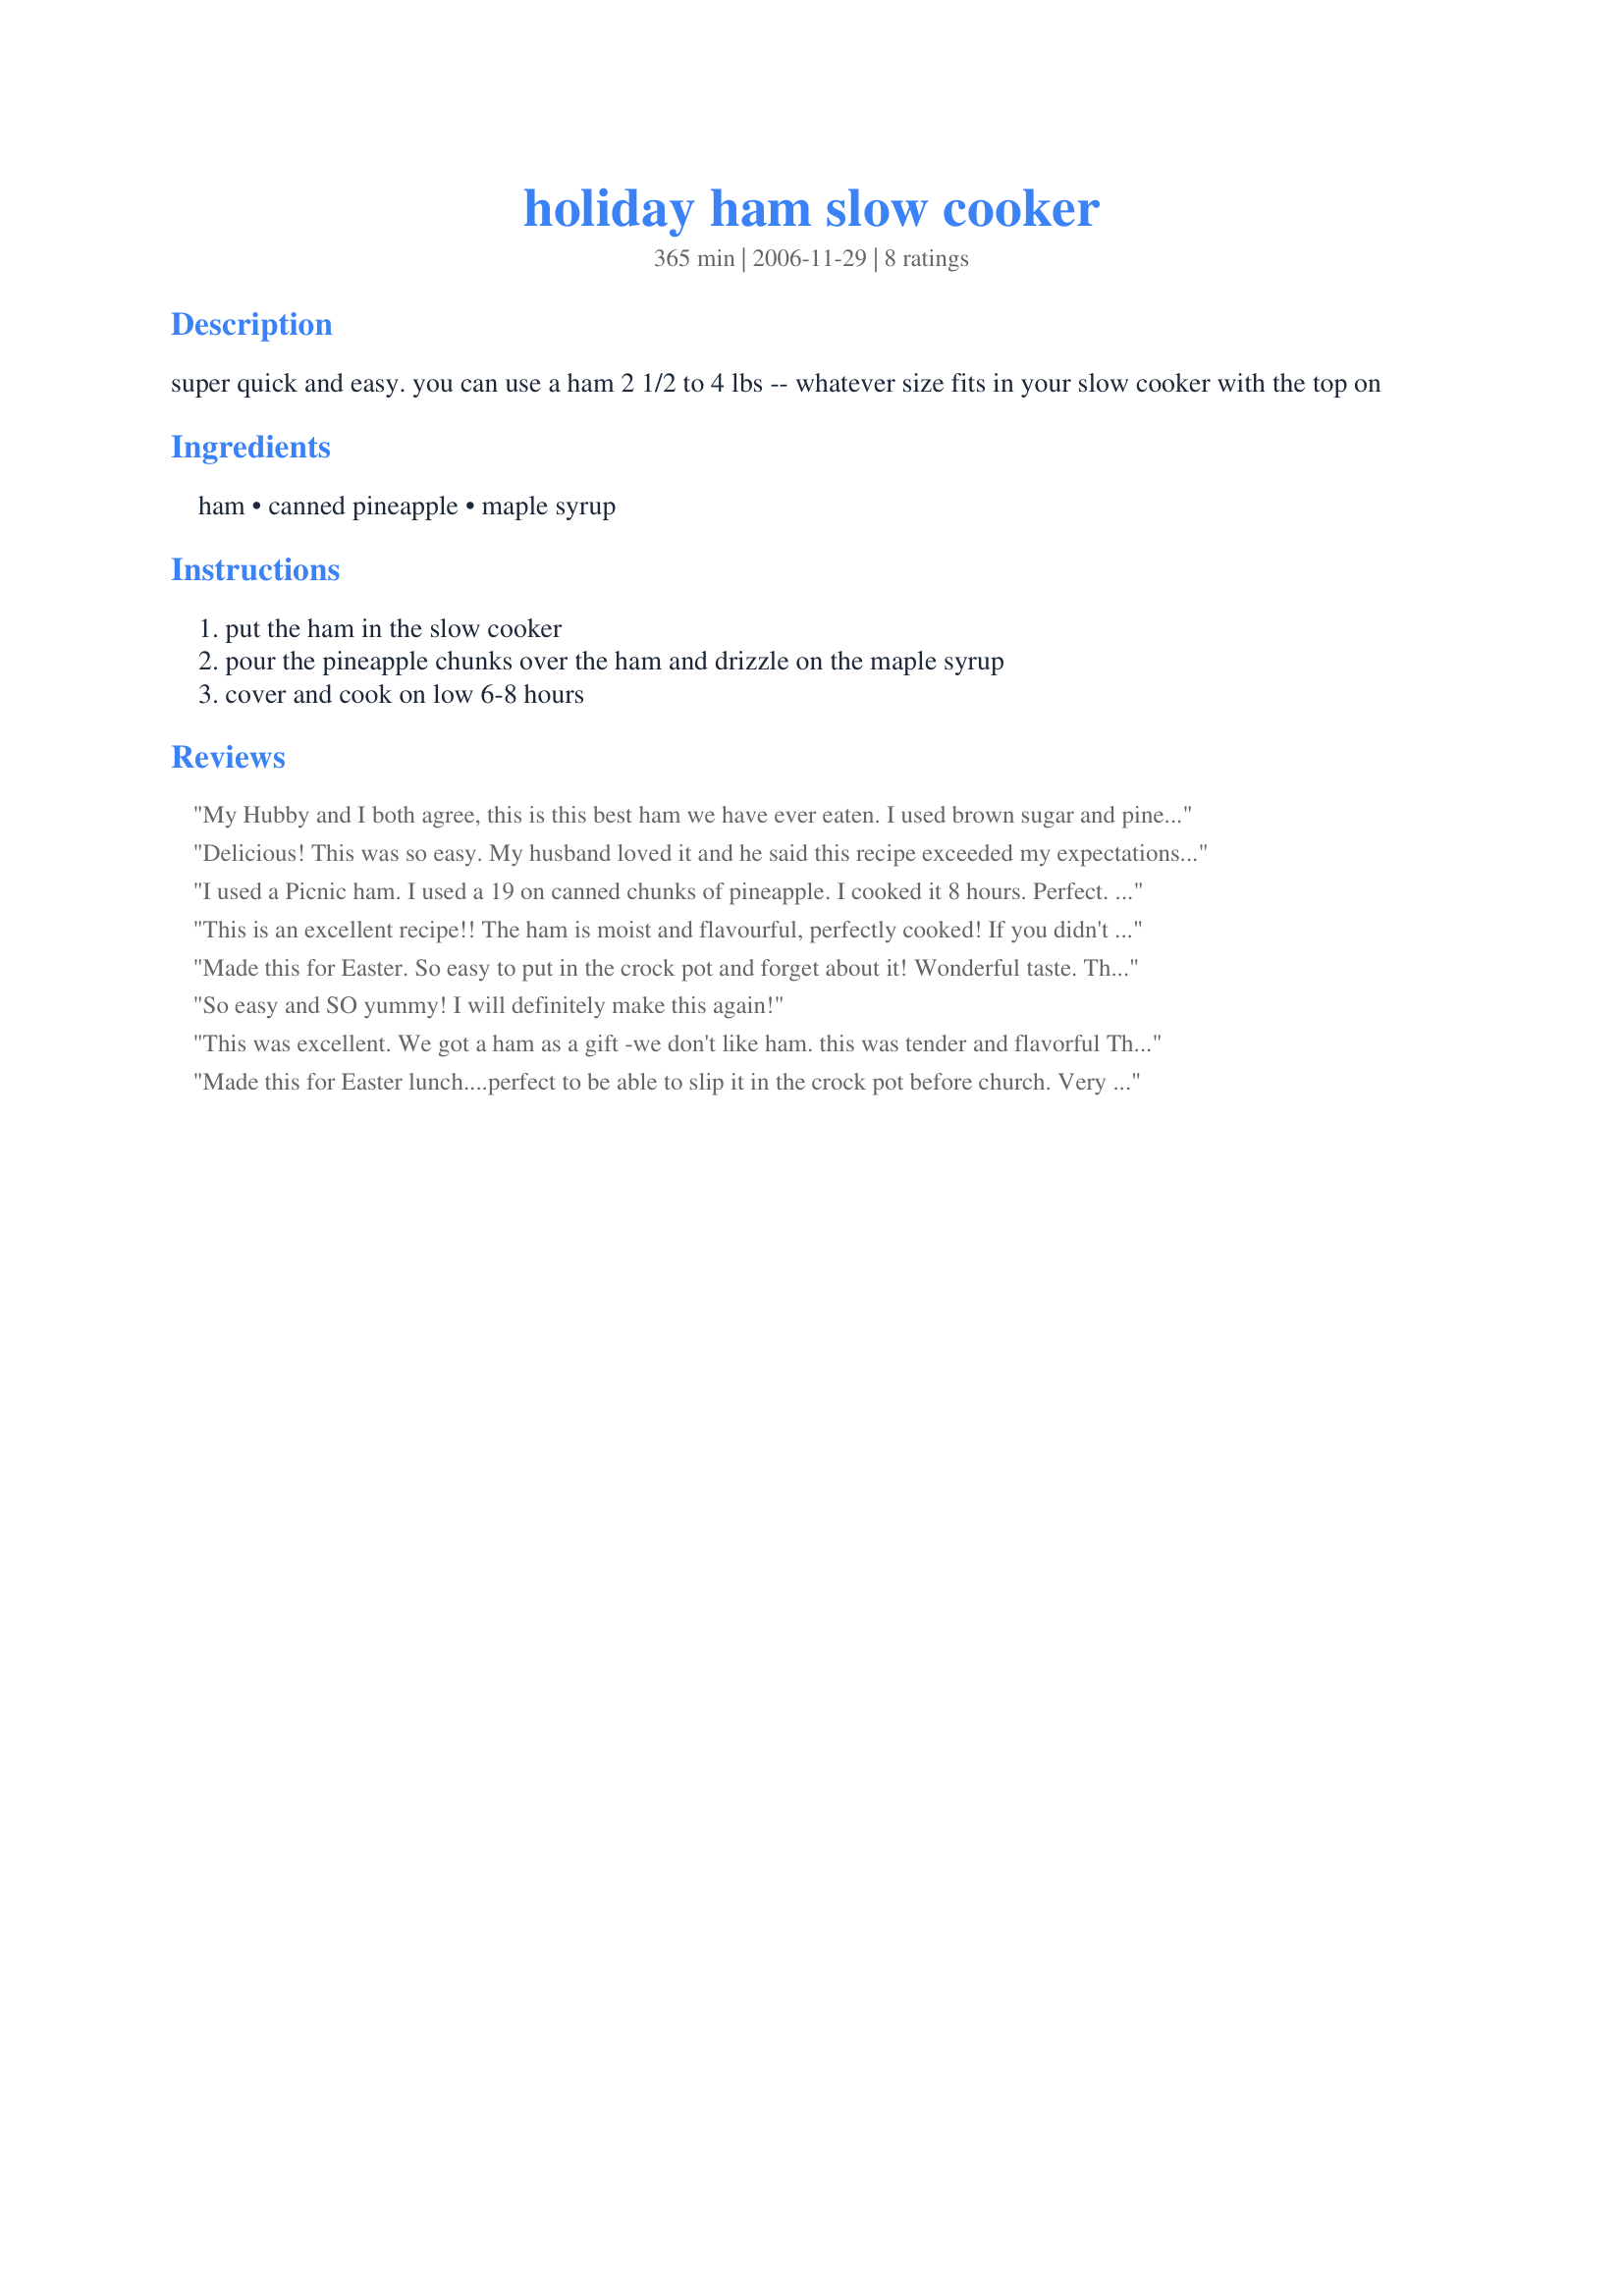
holiday ham slow cooker
Preparation time: 365 minutes

super quick and easy. you can use a ham 2 1/2 to 4 lbs -- whatever size fits in your slow cooker with the top on

Ingredients:
ham, canned pineapple, maple syrup

Steps:
put the ham in the slow cooker, pour the pineapple chunks over the ham and drizzle on the maple syrup, cover and cook on low 6-8 hours

Reviews:
My Hubby and I both agree, this is this best ham we have ever eaten. I used brown sugar and pineapple. It was great. I wish I would have did it like this on Christmas. When we have ham from now on, it will be like this.
Delicious! This was so easy. My husband loved it and he said this recipe exceeded my expectations! I only added 4 extra ounces of pineapple just because it was a 20 oz can and I didn't want to waist space. I'll be serving this recipe as a Christmas tradition from now on! Great job!
I used a Picnic ham. I used a 19 on canned chunks of pineapple. I cooked it 8 hours. Perfect. The taste is very good. Thanks :)
This is an excellent recipe!! The ham is moist and flavourful, perfectly cooked! If you didn't need the pineapple chunks, you could also just use pineapple juice and the maple syrup. I cooked on high for 2 hours, then low for another 5.
Made this for Easter. So easy to put in the crock pot and forget about it! Wonderful taste. Thank you for sharing.
So easy and SO yummy! I will definitely make this again!
This was excellent. We got a ham as a gift -we don't like ham. this was tender and flavorful
Thanks for sharing -I followed the receipe exactly and used "authentic organic maple syrup"
Made this for Easter lunch....perfect to be able to slip it in the crock pot before church. Very tasty - we had no leftovers!!
